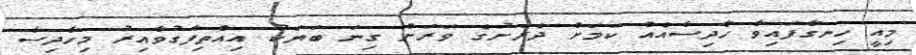
މިއީ ހިނގާފައިވާ ހާދިސާއެއް ކަމަށް ދެރަށުގެ ވަރަށް ގިނަ ބަޔަކު އިއްތިފާގުވާއިރު މިހާދިސާ